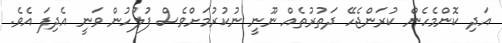
އަދި ކޮންމެހެން ކުރަންޖެހޭ ދަތުރުތެއް ނޫނީ ނުކުރުމަށްވެސް ފުލުހުން ވަނީ އެދިފަ އެވެ.